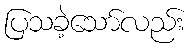
ပြသခဲ့သော်လည်း